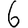
Digit: 6